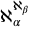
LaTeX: \aleph _ { \alpha } ^ { \aleph _ { \beta } }